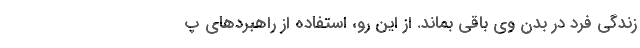
زندگی فرد در بدن وی باقی بماند. از این رو، استفاده از راهبردهای پ